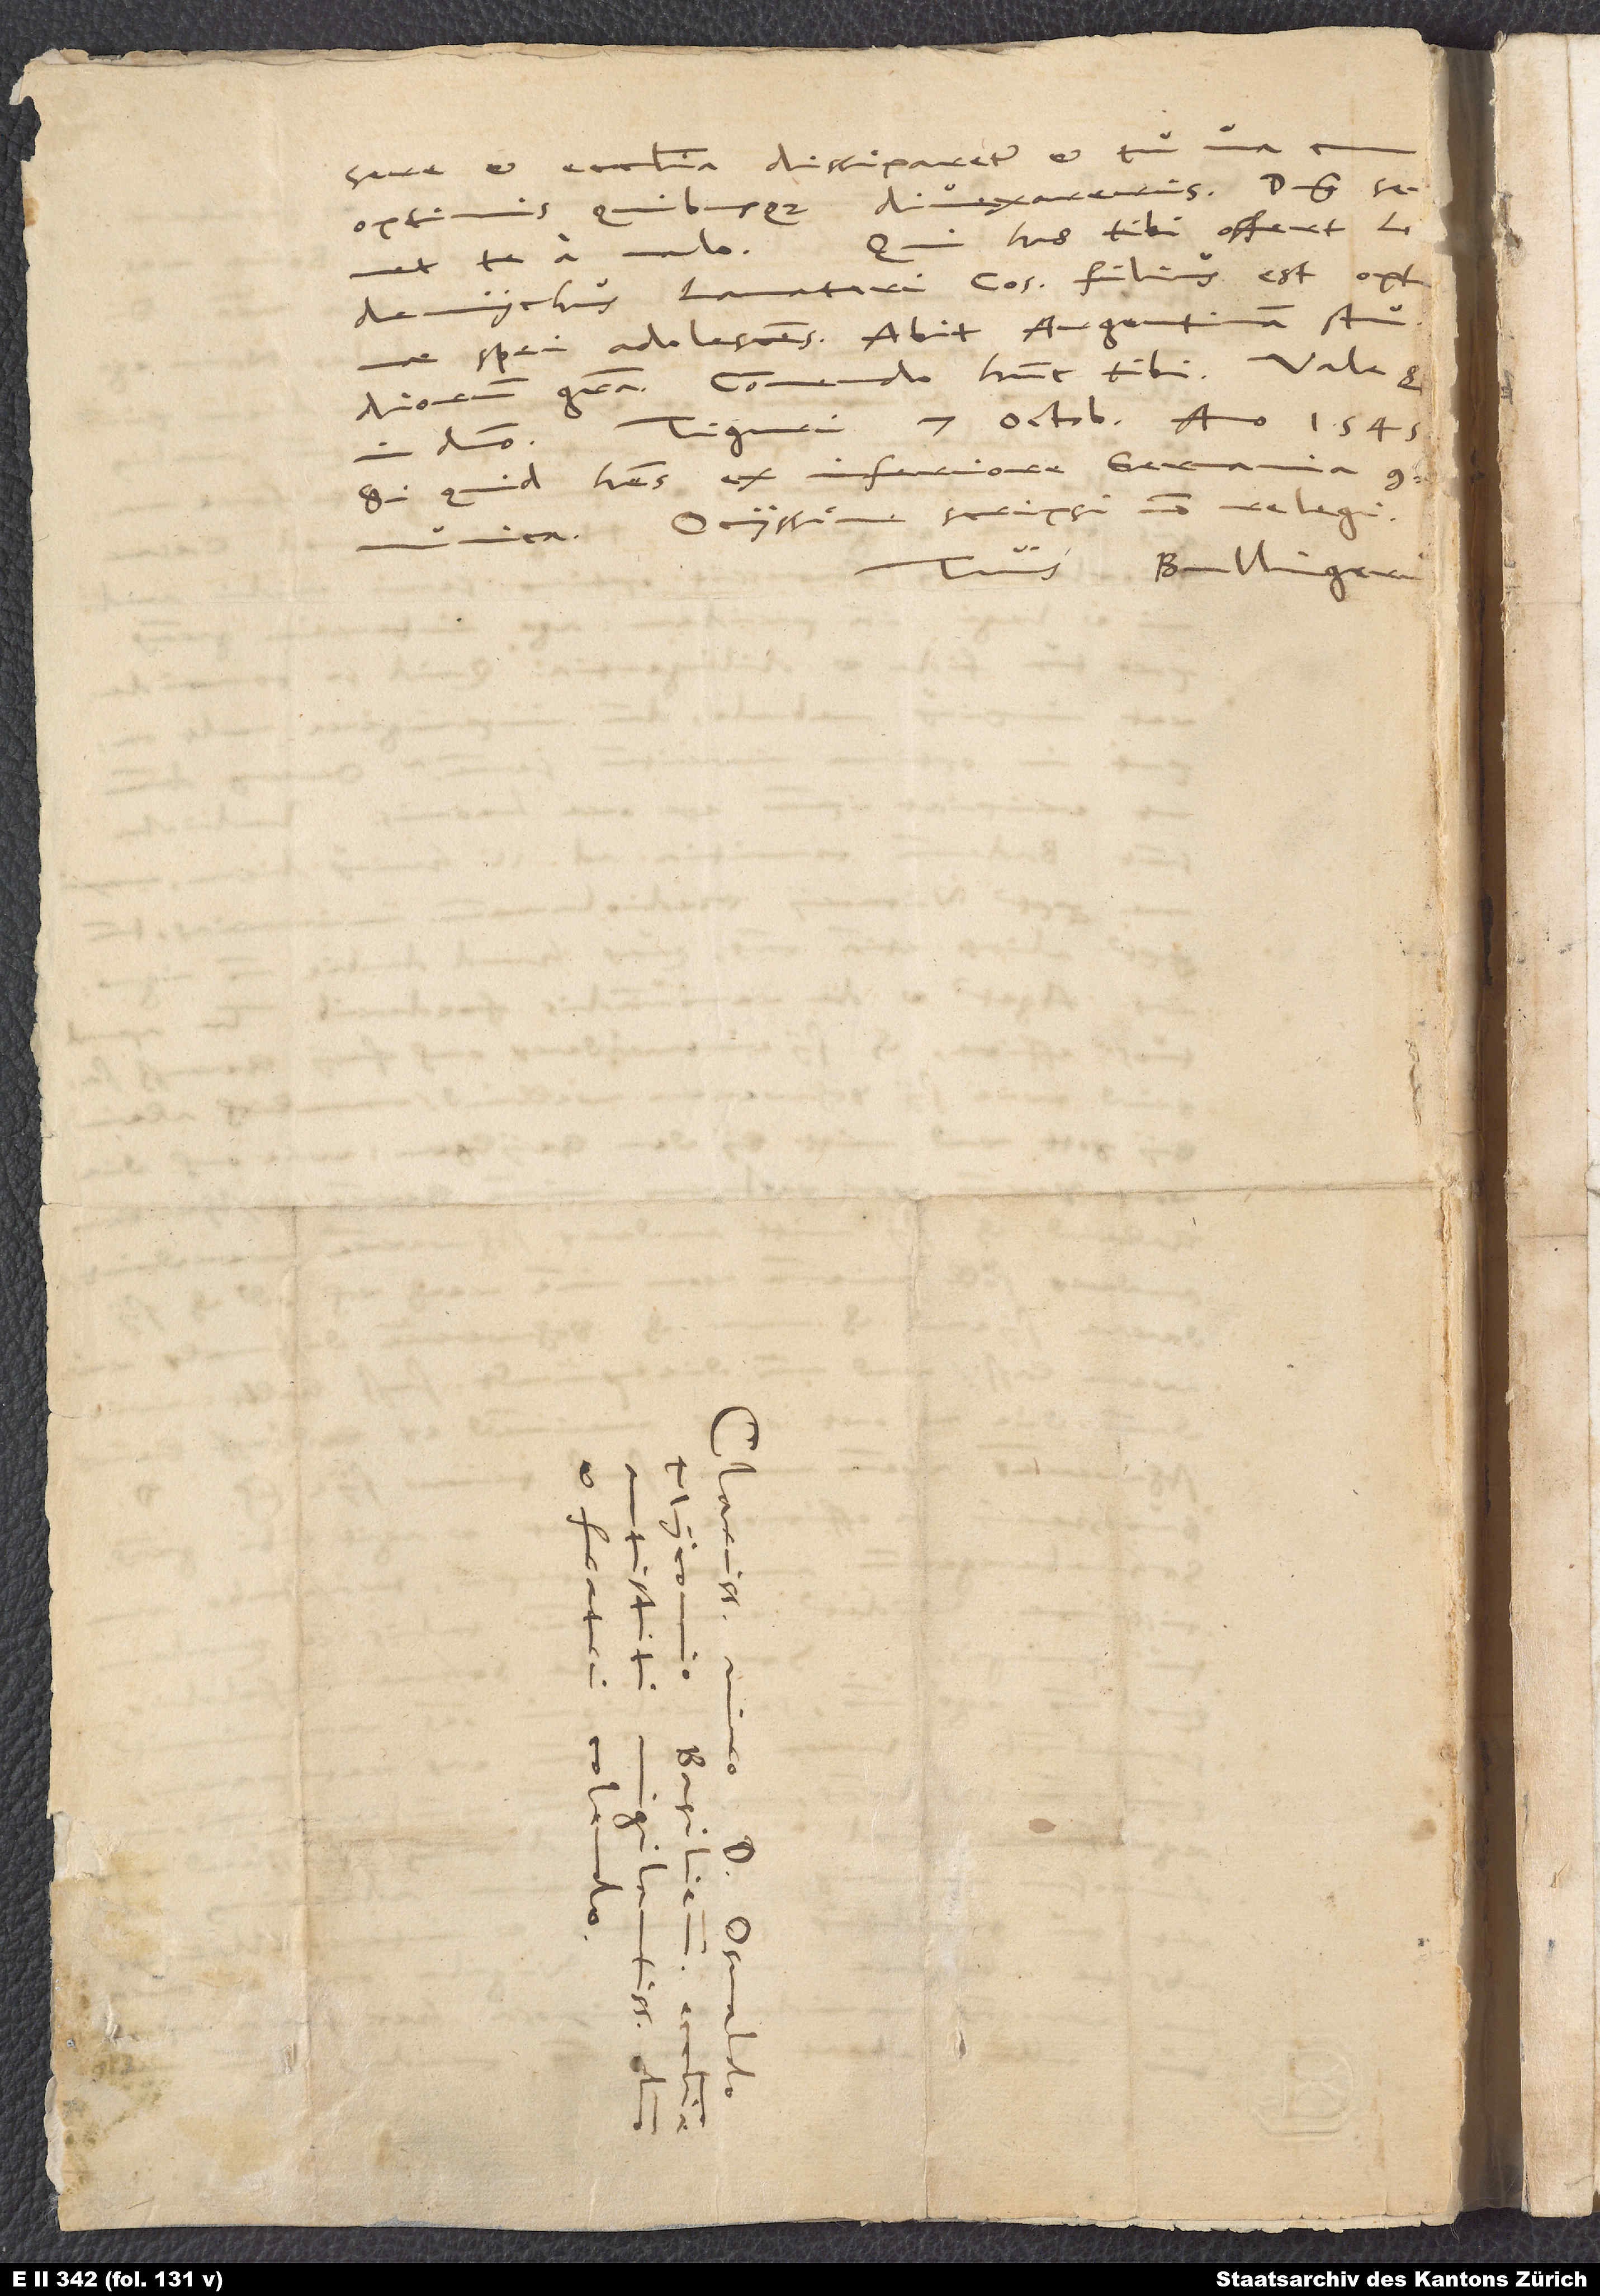
ere et ecclesia dissiparetur et tu una
optimis quibusque divexareris. Dominus sevet
has tibi offert, Lmae
te a malo!
spei adolescens. Abit Argentinam studiorum
gratia. Commendo hunc tibi.
Tiguri, 7. octobris anno 1545.
in domino.
habes ex Inferiore Germania,
Si quid
communica. Ocyssime scripsi; non relegi.
Tuus Bullingerus.
11.